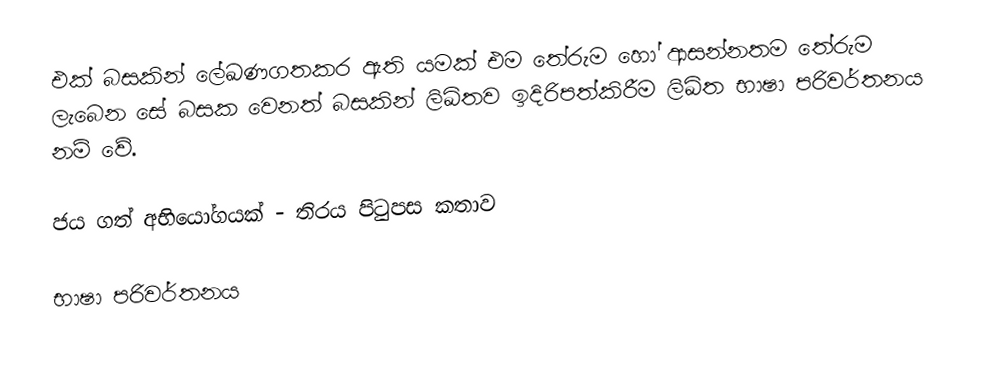
එක් බසකින් ලේඛණගතකර ඇති යමක් එම තේරුම හෝ ආසන්නතම තේරුම ලැබෙන සේ බසක වෙනත් බසකින් ලිඛිතව ඉදිරිපත්කිරීම ලිඛිත භාෂා පරිවර්තනය නම් වේ.

 ජය ගත් අභියෝගයක් - තිරය පිටුපස කතාව

භාෂා පරිවර්තනය